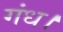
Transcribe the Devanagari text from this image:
गंध।